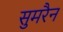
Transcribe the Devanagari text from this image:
सुमरैन